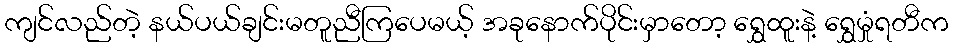
ကျင်လည်တဲ့ နယ်ပယ်ချင်းမတူညီကြပေမယ့် အခုနောက်ပိုင်းမှာတော့ ရွှေထူးနဲ့ ရွှေမှုံရတီက